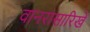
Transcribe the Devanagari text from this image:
वानरासारिखे